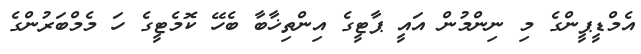
އެމްޑީޕީންގެ މި ނިންމުން އައީ ޕާޓީގެ އިންތިޚާބާ ބެހޭ ކޮމެޓީގެ ހަ މެމްބަރުންގެ